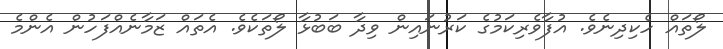
ލޯތައް ހެކިދިނެވެ. އުފާވެރިކަމުގެ ކަރުނައިން ވިދާ ބަބުޅާ ލޯތަކެވެ. އެތައް ޒަމާނެއްފަހުން އެންމެ